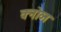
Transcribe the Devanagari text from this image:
क्नोव्न